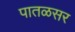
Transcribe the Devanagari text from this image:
पातळसर